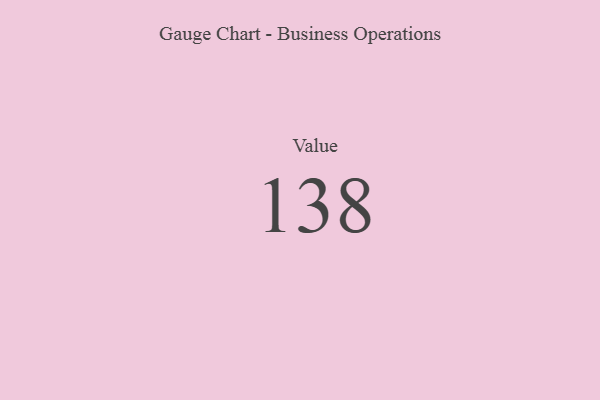
{"axis": {"x": "Metric", "y": "Value"}, "legend": [""], "data": [{"x": "Value", "y": 138, "type": ""}]}